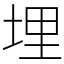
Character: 埋